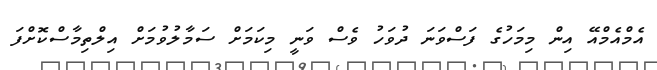
އެމްއެމްއޭ އިން މިމަހުގެ ފަސްވަނަ ދުވަހު ވެސް ވަނީ މިކަމަށް ސަމާލުވުމަށް އިލްތިމާސްކޮށްފަ